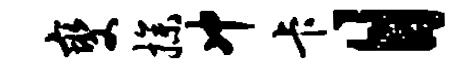
燮操冲卡目